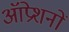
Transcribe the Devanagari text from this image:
ऑप्रेशनों